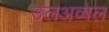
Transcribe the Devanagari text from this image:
उलअव्वल